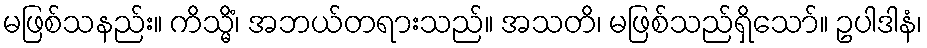
မဖြစ်သနည်း။ ကိသ္မိံ၊ အဘယ်တရားသည်။ အသတိ၊ မဖြစ်သည်ရှိသော်။ ဥပါဒါနံ၊